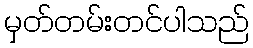
မှတ်တမ်းတင်ပါသည်